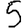
Digit: 5